Indian journal of veterinary science and animal husbandry - Volume 2,
Year: 1932
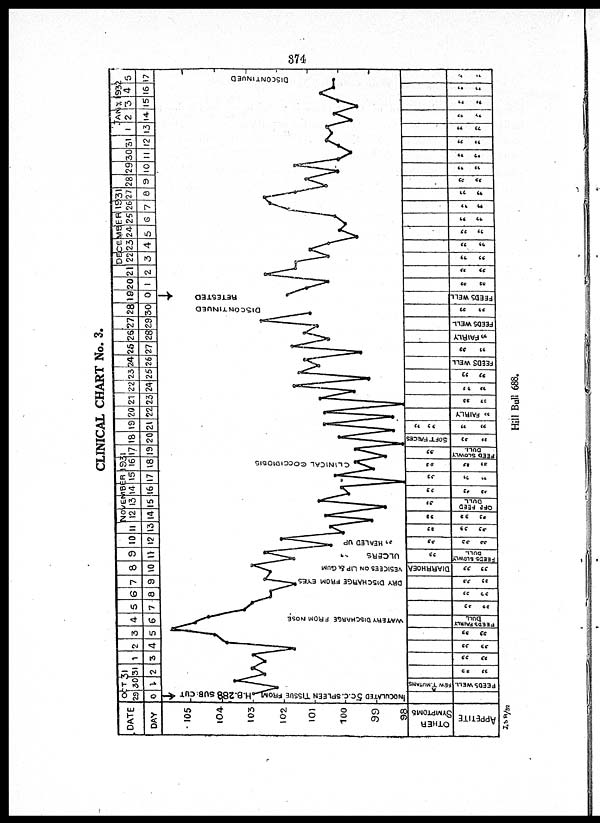
CLINICAL CHART No. 3.